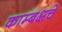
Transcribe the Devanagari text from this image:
काम्बक्षचे